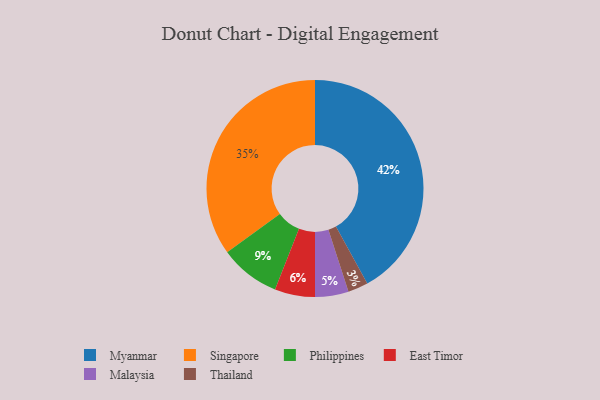
{"axis": {"x": "Category", "y": "Percentage"}, "legend": ["East Timor", "Malaysia", "Myanmar", "Philippines", "Singapore", "Thailand"], "data": [{"x": "Malaysia", "y": 5, "type": "Malaysia"}, {"x": "Philippines", "y": 9, "type": "Philippines"}, {"x": "Myanmar", "y": 42, "type": "Myanmar"}, {"x": "Thailand", "y": 3, "type": "Thailand"}, {"x": "Singapore", "y": 35, "type": "Singapore"}, {"x": "East Timor", "y": 6, "type": "East Timor"}]}